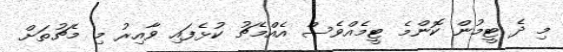
މި ދެ ޓީމުން ކޮންމެ ޓީމެއްވެސް އެއްމެޗު ކުޅެފައި ވާއިރު މި މެޗުތަށް